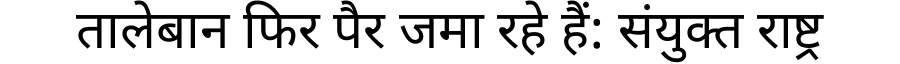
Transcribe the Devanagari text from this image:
तालेबान फिर पैर जमा रहे हैं: संयुक्त राष्ट्र